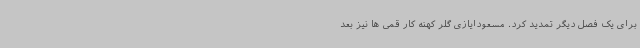
برای یک فصل دیگر تمدید کرد. مسعودایازی گلر کهنه کار قمی ها نیز بعد